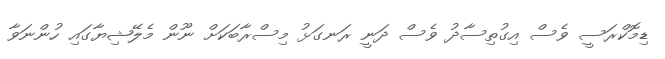
ޑިމޮކްރަސީ ވެސް އިގުތިސާދު ވެސް ދަނީ ރަނގަޅު މިސްރާބަކަށް ނޫން މެލޭޝިޔާގައި ހުންނަވާ